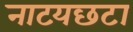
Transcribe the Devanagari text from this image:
नाटयछटा